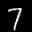
Label: 7